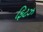
ફિટઝ